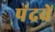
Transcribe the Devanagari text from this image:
पंद्रवें